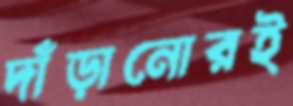
দাঁড়ানোরই